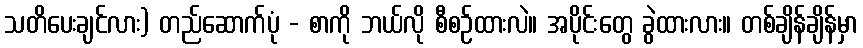
သတိပေးချင်လား) တည်ဆောက်ပုံ - စာကို ဘယ်လို စီစဉ်ထားလဲ။ အပိုင်းတွေ ခွဲထားလား။ တစ်ချိန်ချိန်မှာ